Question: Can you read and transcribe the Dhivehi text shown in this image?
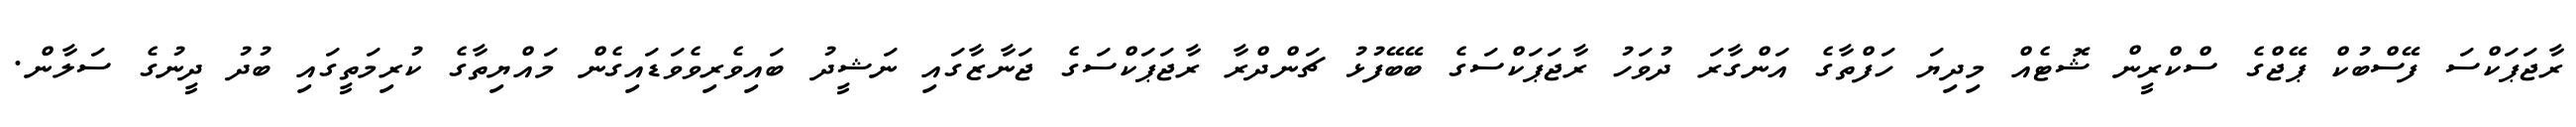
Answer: ރާޖަޕަކްސަ ފޭސްބުކް ޕޭޖްގެ ސްކްރީން ޝޮޓެއް މިދިޔަ ހަފްތާގެ އަންގާރަ ދުވަހު ރާޖަޕަކްސަގެ ބޭބޭފުޅު ޗަންދްރާ ރާޖަޕަކްސަގެ ޖަނާޒާގައި ނަޝީދު ބައިވެރިވެވަޑައިގެން މައްޔިތާގެ ކުރިމަތީގައި ބުދު ދީނުގެ ސަލާން.